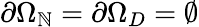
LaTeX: \partial\Omega_{\mathbb{N}}=\partial\Omega_{D}=\emptyset